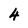
Character: 4